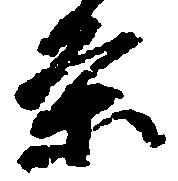
条